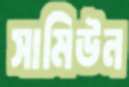
সামিউন